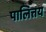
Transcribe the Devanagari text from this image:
पालित्तय